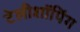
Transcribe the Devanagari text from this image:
टेलीशॉपिंग